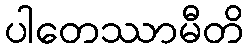
ပါတေဿာမီတိ